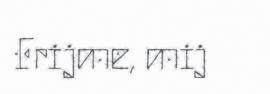
Frijme, mij